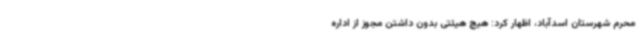
محرم شهرستان اسدآباد، اظهار کرد: هیچ هیئتی بدون داشتن مجوز از اداره